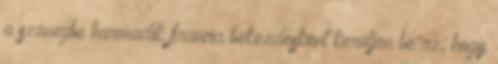
a szövegbe harmadik francia bekezdésként kerüljön be az, hogy